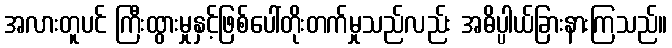
အလားတူပင် ကြီးထွားမှုနှင့်ဖြစ်ပေါ်တိုးတက်မှုသည်လည်း အဓိပ္ပါယ်ခြားနားကြသည်။